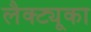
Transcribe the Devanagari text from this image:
लैक्ट्यूका